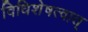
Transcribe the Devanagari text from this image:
विधिशेषत्वात्